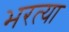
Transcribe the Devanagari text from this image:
भरत्या